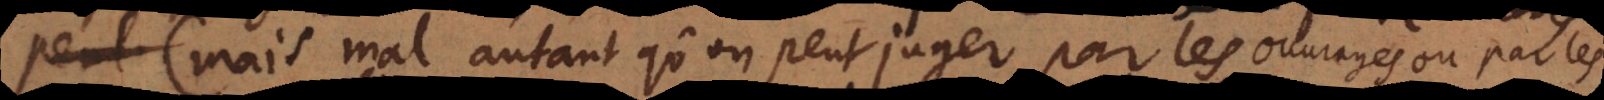
(mais mal, autant qu’on peut juger par les ouvrages ou par les